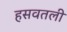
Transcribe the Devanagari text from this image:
हसवतली